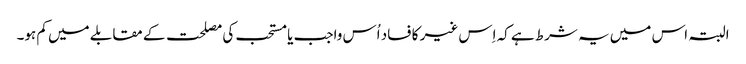
البتہ اس میں یہ شرط ہے کہ اِس غیر کا فساد اُس واجب یا مستحب کی مصلحت کے مقابلے میں کم ہو۔